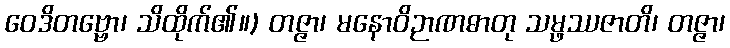
ဝေဒိတဗ္ဗော၊ သိထိုက်၏။) တဇ္ဇာ၊ မနောဝိဉာဏဓာတု သမ္ဖဿဇာတိ၊ တဇ္ဇာ၊